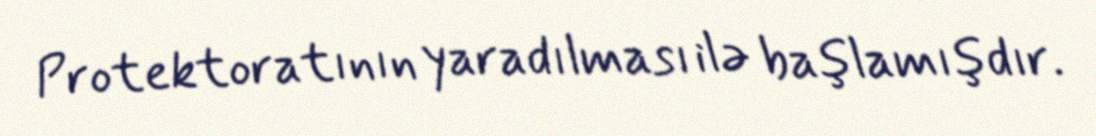
Protektoratının yaradılması ilə başlamışdır.